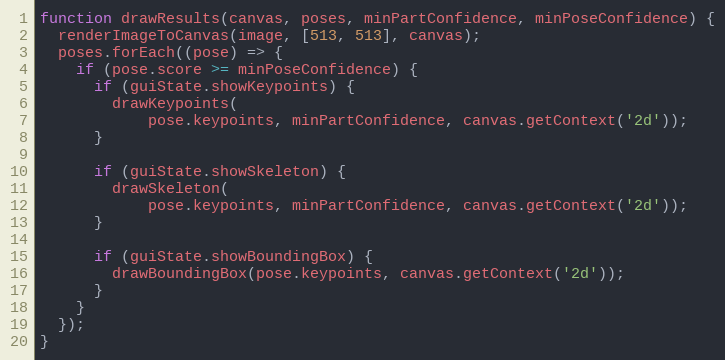
Language: JavaScript
function drawResults(canvas, poses, minPartConfidence, minPoseConfidence) {
  renderImageToCanvas(image, [513, 513], canvas);
  poses.forEach((pose) => {
    if (pose.score >= minPoseConfidence) {
      if (guiState.showKeypoints) {
        drawKeypoints(
            pose.keypoints, minPartConfidence, canvas.getContext('2d'));
      }

      if (guiState.showSkeleton) {
        drawSkeleton(
            pose.keypoints, minPartConfidence, canvas.getContext('2d'));
      }

      if (guiState.showBoundingBox) {
        drawBoundingBox(pose.keypoints, canvas.getContext('2d'));
      }
    }
  });
}